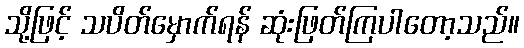
သို့ဖြင့် သပိတ်မှောက်ရန် ဆုံးဖြတ်ကြပါတော့သည်။